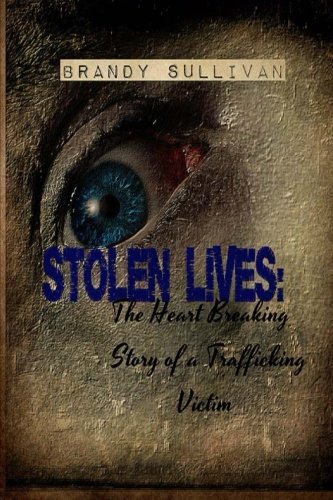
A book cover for Stolen Lives: The Heart Breaking Story of a Trafficking Victim; Brandy Sullivan; Law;